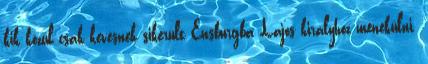
kik közül csak kevésnek sikerült Ensburgba Lajos királyhoz menekülni.